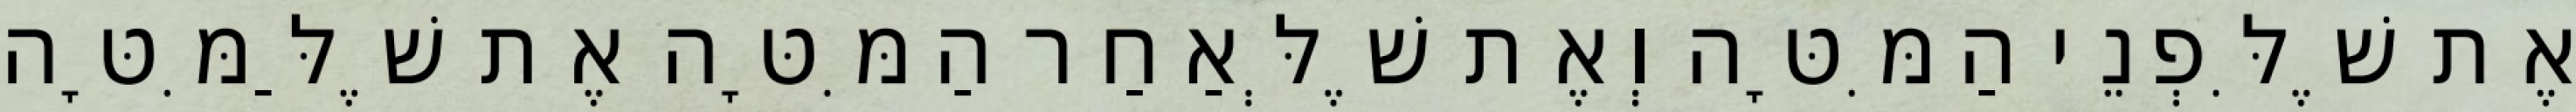
אֶת שֶׁלִּפְנֵי הַמִּטָּה וְאֶת שֶׁלְּאַחַר הַמִּטָּה אֶת שֶׁלַּמִּטָּה